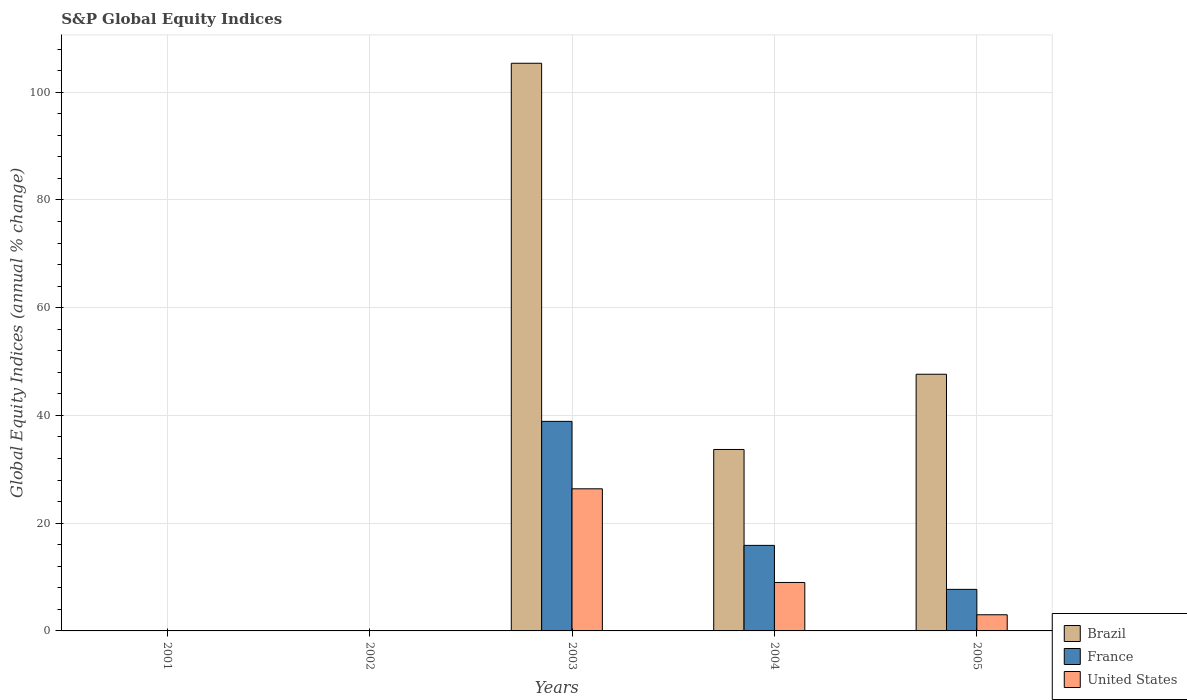
| Years | Brazil | France | United States |
 | --- | --- | --- | --- |
 | 2001 | -22.5 | -26.6 | -13 |
 | 2002 | -33 | -21.2 | -23.4 |
 | 2003 | 105 | 38.9 | 26.4 |
 | 2004 | 33.7 | 15.9 | 8.99 |
 | 2005 | 47.6 | 7.71 | 3 |